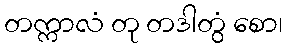
တက္ကာလံ တု တဒါတွံ စော၊